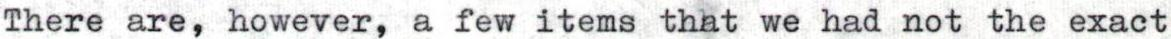
There are, however, a few items that we had not the exact